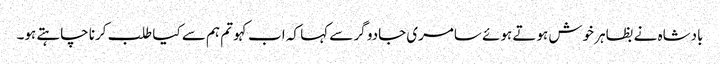
بادشاہ نے بظاہر خوش ہوتے ہوئے سامری جادو گر سے کہا کہ اب کہو تم ہم سے کیا طلب کرنا چاہتے ہو۔